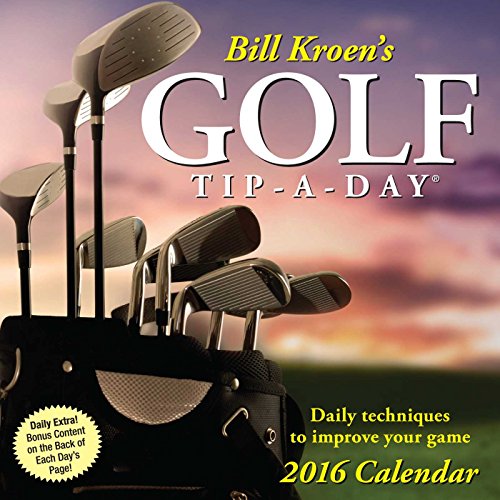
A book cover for Bill Kroen's Golf Tip-a-Day 2016 Day-to-Day Calendar; Bill Kroen; Calendars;